King Institute of Preventive Medicine Micro-Biological Section reports 1912-19
Year: 1912
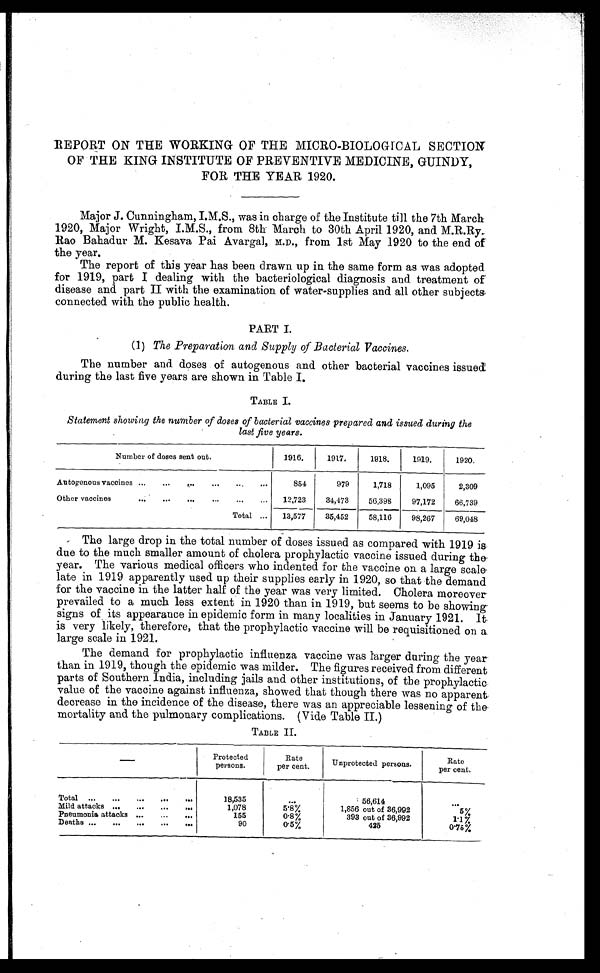
REPORT ON THE WORKING OF THE MICRO-BIOLOGICAL SECTION
OF THE KING INSTITUTE OF PREVENTIVE MEDICINE, GUINDY,
FOR THE YEAR 1920.
Major J. Cunningham, I.M.S., was in charge of the Institute till the 7th March
1920, Major Wright, I.M.S., from 8th March to 30th April 1920, and M.R.Ry.
Rao Bahadur M. Kesava Pai Avargal, M.D., from 1st May 1920 to the end of
the year.
The report of this year has been drawn up in the same form as was adopted
for 1919, part I dealing with the bacteriological diagnosis and treatment of
disease and part II with the examination of water-supplies and all other subjects
connected with the public health.
PART I.
(1) The Preparation and Supply of Bacterial Vaccines.
The number and doses of autogenous and other bacterial vaccines issued
during the last five years are shown in Table I.
TABLE I.
Statement showing the number of doses of bacterial vaccines prepared and issued during the
last five years.
Number of doses sent out.
1916.
1917.
1918.
1919.
1920.
Autogenous vaccines . . .
854
979
1,718
1,095
2,309
Other vaccines . . .
12,723
34,473
56,398
97,172
66,739
Total . . .
13,577
35,452
58,116
98,267
69,048
The large drop in the total number of doses issued as compared with 1919 is
due to the much smaller amount of cholera prophylactic vaccine issued during the
year. The various medical officers who indented for the vaccine on a large scale
late in 1919 apparently used up their supplies early in 1920, so that the demand
for the vaccine in the latter half of the year was very limited. Cholera moreover
prevailed to a much less extent in 1920 than in 1919, but seems to be showing
signs of its appearance in epidemic form in many localities in January 1921. It
is very likely, therefore, that the prophylactic vaccine will be requisitioned on a
large scale in 1921.
The demand for prophylactic influenza vaccine was larger during the year
than in 1919, though the epidemic was milder. The figures received from different
parts of Southern India, including jails and other institutions, of the prophylactic
value of the vaccine against influenza, showed that though there was no apparent
decrease in the incidence of the disease, there was an appreciable lessening of the
mortality and the pulmonary complications. (Vide Table II.)
TABLE II.
—
Protected
persons.
Rate
per cent.
Unprotected persons.
Rate
per cent.
Total . . .
18, 535
. . .
56,614
. . .
Mild attacks . . .
1,078
5.8%
1,856 out of 36,992
5%
Pneumonia attacks . . .
155
0.8%
393 out of 36,992
1.1%
Deaths . . .
90
0.5%
425
0.75%